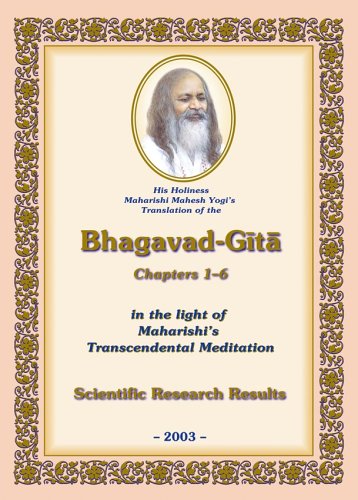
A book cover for His Holiness Maharishi Mahesh Yogi's Translation of the Bhagavad-Gita, Chapters 1-6, in the light of Maharishi's Transcendental Meditation: Scientific Research Results; Maharishi Mahesh Yogi; Religion & Spirituality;